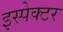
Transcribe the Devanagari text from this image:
इस्पेक्टर